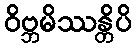
ဝိဗ္ဘမိဿန္တိပိ